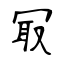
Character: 冣